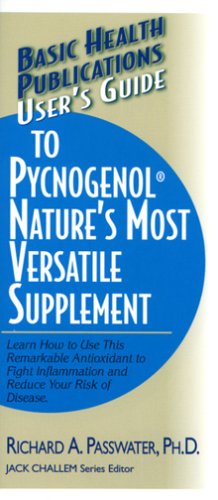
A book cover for User's Guide to Pycnogenol: Nature's Most Versatile Supplement; Richard A. Passwater; Health, Fitness & Dieting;